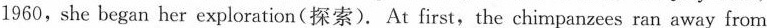
1960, she began her exploration(探索). At first,the chimpanzees ran away from